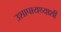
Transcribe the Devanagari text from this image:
उशापायथ्याशीं